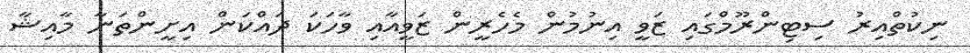
ނިކުތްއިރު ސިޓިންރޫމްގައި ޒަވީ އިނުމުން މެހެރީން ޒަވީއާއި ވާހަކަ ދައްކަން އިށީންތަނާ މާއިޝާ